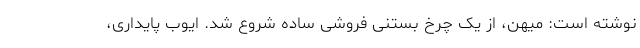
نوشته است: میهن، از یک چرخ بستنی فروشی ساده شروع شد. ایوب پایداری،